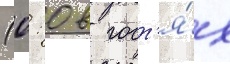
(0: 0 в гост'я́х